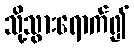
သို့သွားရောက်၍